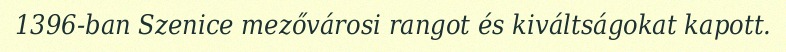
1396-ban Szenice mezővárosi rangot és kiváltságokat kapott.